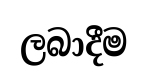
ලබාදීම